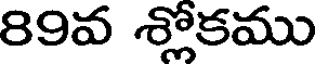
89వ శ్లోకము